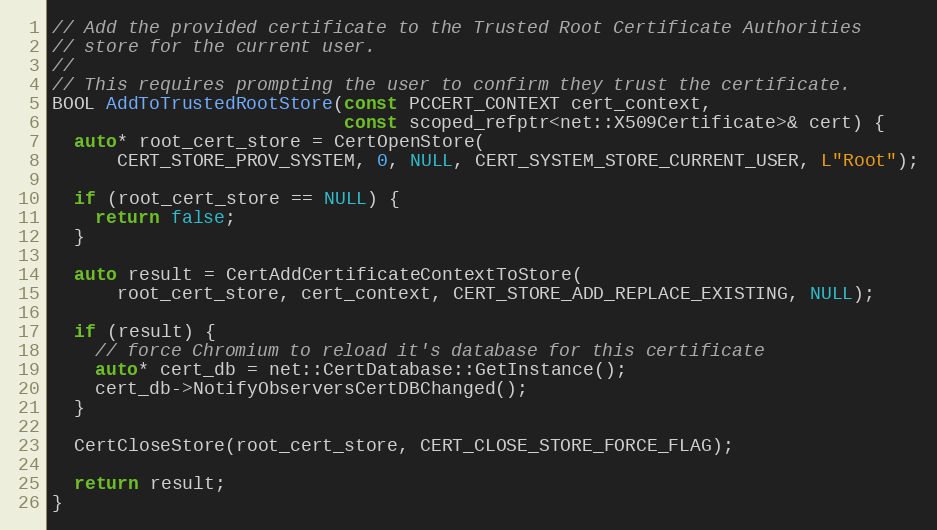
Language: C++
// Add the provided certificate to the Trusted Root Certificate Authorities
// store for the current user.
//
// This requires prompting the user to confirm they trust the certificate.
BOOL AddToTrustedRootStore(const PCCERT_CONTEXT cert_context,
                           const scoped_refptr<net::X509Certificate>& cert) {
  auto* root_cert_store = CertOpenStore(
      CERT_STORE_PROV_SYSTEM, 0, NULL, CERT_SYSTEM_STORE_CURRENT_USER, L"Root");

  if (root_cert_store == NULL) {
    return false;
  }

  auto result = CertAddCertificateContextToStore(
      root_cert_store, cert_context, CERT_STORE_ADD_REPLACE_EXISTING, NULL);

  if (result) {
    // force Chromium to reload it's database for this certificate
    auto* cert_db = net::CertDatabase::GetInstance();
    cert_db->NotifyObserversCertDBChanged();
  }

  CertCloseStore(root_cert_store, CERT_CLOSE_STORE_FORCE_FLAG);

  return result;
}